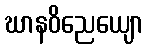
ဃာနဝိညေယျော